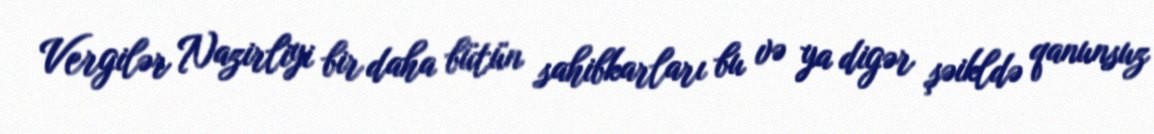
Vergilər Nazirliyi bir daha bütün sahibkarları bu və ya digər şəikldə qanunsuz